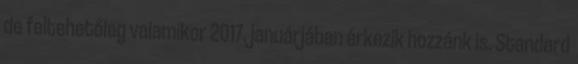
de feltehetőleg valamikor 2017. januárjában érkezik hozzánk is. Standard